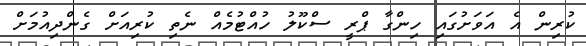
ކުރިން އެ އަވަށުގައި ހިންގާ ޕްރީ ސްކޫލު ހުއްޓުމެއް ނެތި ކުރިއަށް ގެންދިއުމަށް